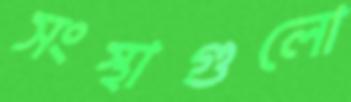
সংস্থাগুলো